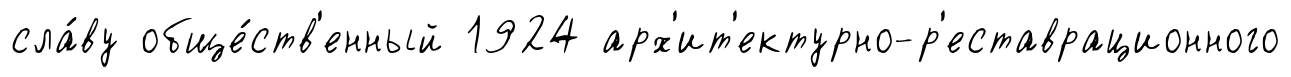
сла́ву обще́ств'енный 1924 арх'ит'ектурно-р'еставрационного